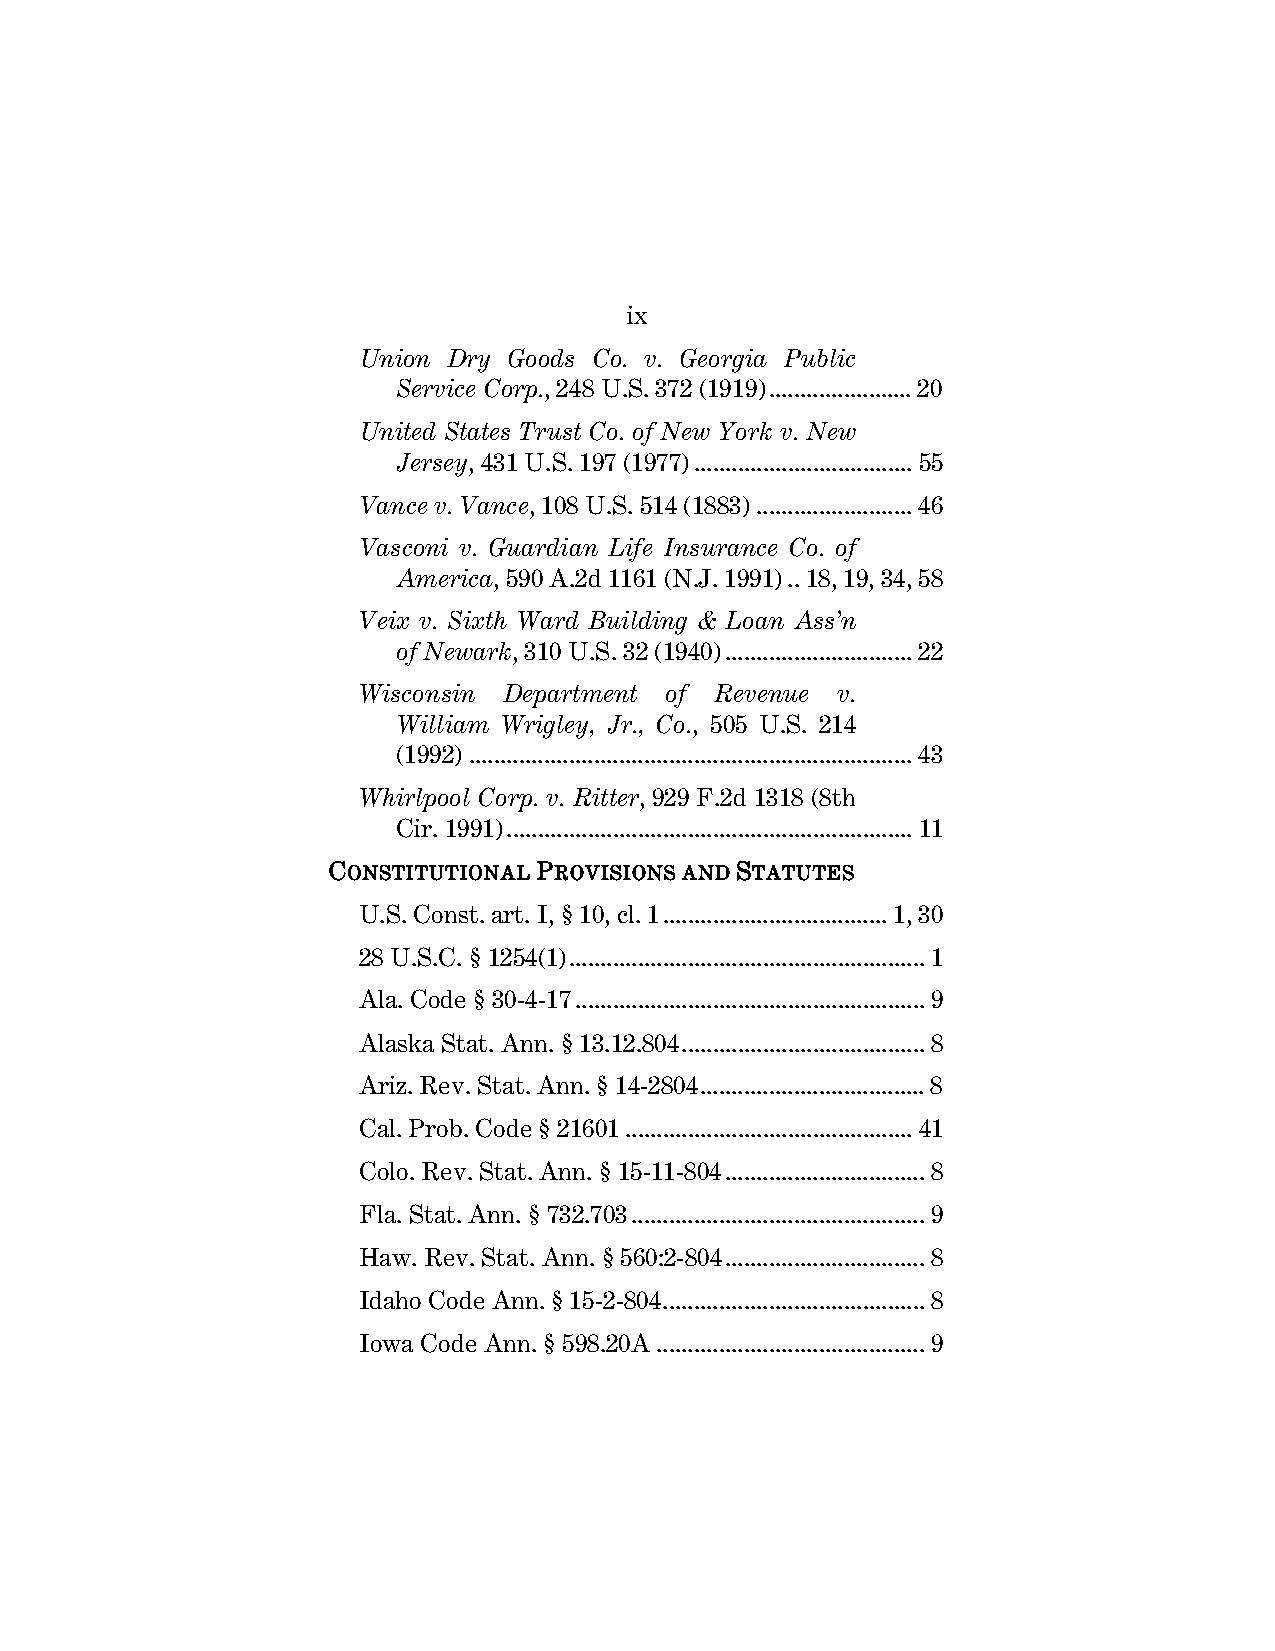
ix
 Union Dry Goods Co. v. Georgia Public
 Service Corp., 248 U.S. 372 (1919) ....................... 20
 United States Trust Co. of New York v. New
 Jersey, 431 U.S. 197 (1977) ................................... 55
 Vance v. Vance, 108 U.S. 514 (1883) ......................... 46
 Vasconi v. Guardian Life Insurance Co. of
 America, 590 A.2d 1161 (N.J. 1991) .. 18, 19, 34, 58
 Veix v. Sixth Ward Building & Loan Ass’n
 of Newark, 310 U.S. 32 (1940) .............................. 22
 Wisconsin Department of Revenue v.
 William Wrigley, Jr., Co., 505 U.S. 214
 (1992) ....................................................................... 43
 Whirlpool Corp. v. Ritter, 929 F.2d 1318 (8th
 Cir. 1991) ................................................................. 11
 CONSTITUTIONAL PROVISIONS AND STATUTES
 U.S. Const. art. I, § 10, cl. 1 .................................... 1, 30
 28 U.S.C. § 1254(1) ......................................................... 1
 Ala. Code § 30-4-17 ........................................................ 9
 Alaska Stat. Ann. § 13.12.804 ....................................... 8
 Ariz. Rev. Stat. Ann. § 14-2804 .................................... 8
 Cal. Prob. Code § 21601 .............................................. 41
 Colo. Rev. Stat. Ann. § 15-11-804 ................................ 8
 Fla. Stat. Ann. § 732.703 ............................................... 9
 Haw. Rev. Stat. Ann. § 560:2-804 ................................ 8
 Idaho Code Ann. § 15-2-804 .......................................... 8
 Iowa Code Ann. § 598.20A ........................................... 9